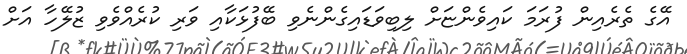
އޭގެ ތެރެއިން ފުރަމަ ކައިވެންޏަށް ލިބިވަޑައިގެންނެވި ބޭފުޅަކާއި ވަރި ކުރެއްވެވި ޒުލޭހާ އަށް